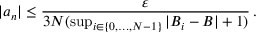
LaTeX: | a _ { n } | \leq { \frac { \varepsilon } { 3 N ( \operatorname* { s u p } _ { i \in \{ 0 , \dots , N - 1 \} } | B _ { i } - B | + 1 ) } } \, .